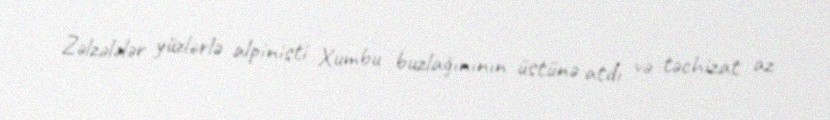
Zəlzələlər yüzlərlə alpinisti Xumbu buzlağınının üstünə atdı və təchizat az